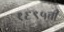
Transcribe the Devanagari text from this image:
१६९५ची